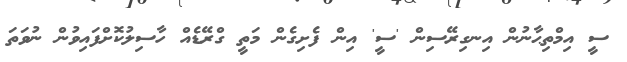
ސީ އިމްތިޙާނުން އިނގިރޭސިން 'ސީ' އިން ފެށިގެން މަތީ ގްރޭޑެއް ހާސިލުކޮށްފައިވުން ނުވަތަ